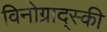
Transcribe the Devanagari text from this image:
विनोग्राद्स्की